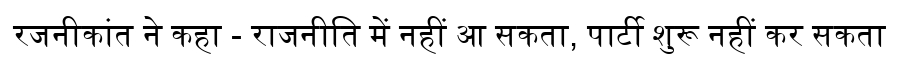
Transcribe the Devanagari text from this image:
रजनीकांत ने कहा - राजनीति में नहीं आ सकता, पार्टी शुरू नहीं कर सकता